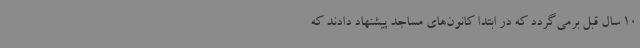
10 سال قبل برمی‌گردد که در ابتدا کانون‌های مساجد پیشنهاد دادند که